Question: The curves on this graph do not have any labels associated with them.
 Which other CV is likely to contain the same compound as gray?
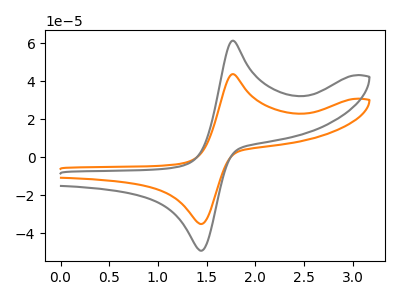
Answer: <think>The orange curve "orange" has an anodic peak at (1.75V, 43.85uA) and a cathodic peak at (1.45V, -35.00uA). The gray curve "gray" has an anodic peak at (1.75V, 61.45uA) and a cathodic peak at (1.45V, -49.05uA).
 All the peaks in "orange" have a peak in "gray" at the same potential. Every peak in "orange" is lower than every peak in "gray".</think>
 <answer>The CV with the most similar shape to "orange" is "gray".</answer>
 <eval>"gray"</eval>